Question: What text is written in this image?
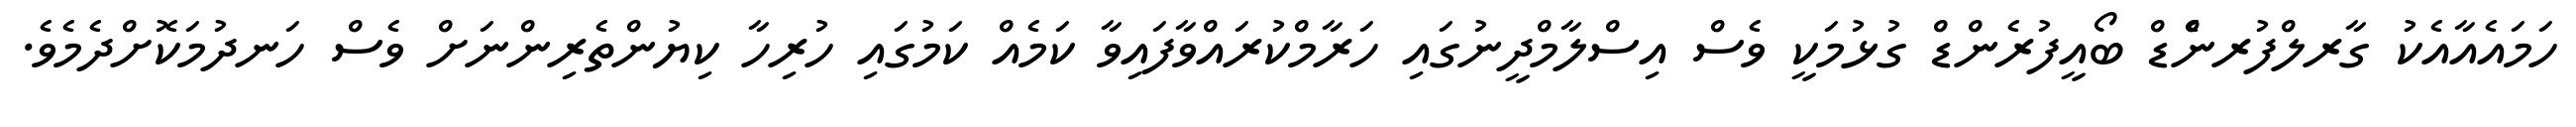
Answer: ހަމައެއާއެކު ގާރލްފުރނެްޑް ބޯއީފުރެންޑް ގުޅުމަކީ ވެސް އިސްލާމްދީނުގައި ހަރާމްކުރައްވާފައިވާ ކަމެއް ކަމުގައި ހުރިހާ ކިޔުންތެރިންނަށް ވެސް ހަނދުމަކޮށްދެމެވެ.